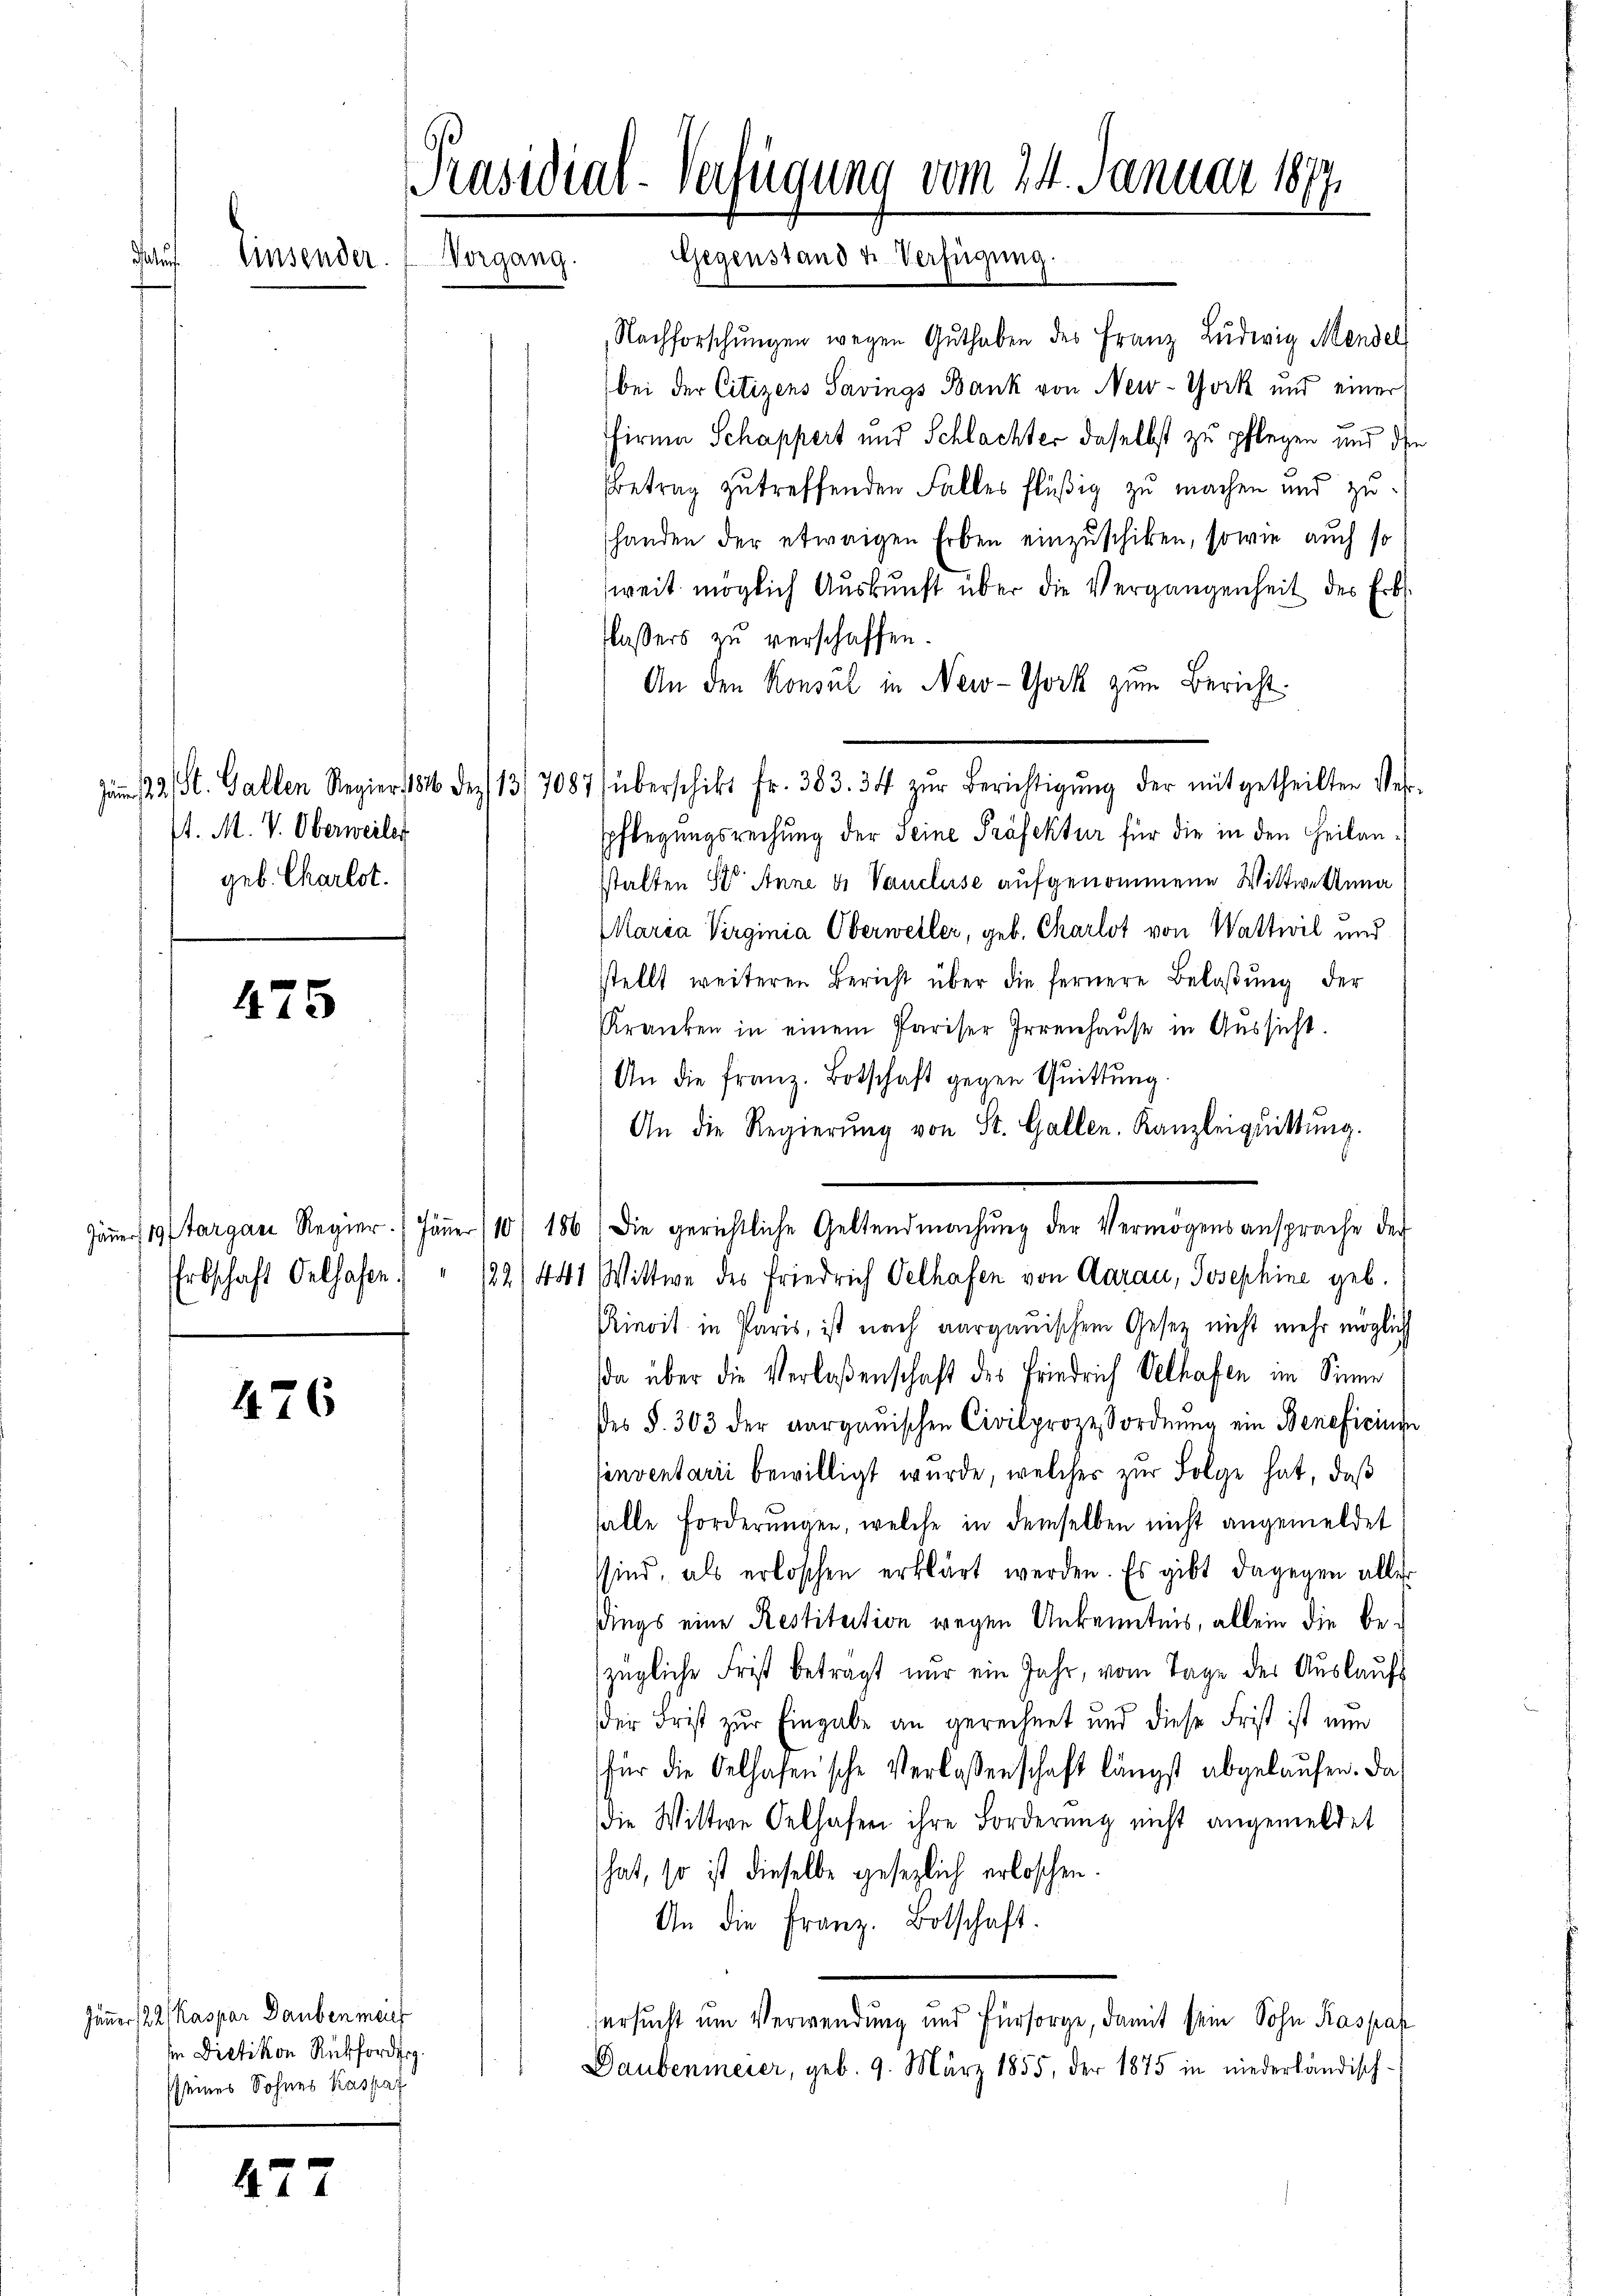
a

P. M. V. Oberweiler
geb. Charlot.

475

476

Jänner 122 Kaspar Dauben meich
In Dietikon Rückforderg
seines Sohnes Kaspar

477

Präsidial-Verfügung vom 24. Januar 1877
Vorgang. Gegenstand u. Verfügŭng.
Einsender.

Nachforschŭngen wegen Guthaben des Franz Lŭdwig Mandel
bei der Citizens Savings Bank von New-York und einer
Firma Schappert und Schlachter daselbst zu pflegen und die
Betrag zutreffenden Falles flüßig zu machen und zuhanden der etwaigen Erben einzuschiken, sowie auch so
weit möglich Auskunft über die Vergangenheit des Erbflassers zu verschaffen.
An den Konsul in New-York zum Bericht.
m 22. St. Gallen Regier 1846 des 13/7087 (überschikt fr. 383. 34 zŭr Berichtigŭng der mitgetheilten Ver-
spflegungsrechung der Seine Präfektur für die in den Heilanstalten 3 Anne di Vaucluse aufgenommene Wittwettung
Maria Virginia Oberweiler, geb. Charlot von Wattwil und
stellt weiteren Bericht über die fernere Belaβŭng der
Kranken in einem Pariser Irrenhaŭse in Aŭssicht.
An die franz. Botschaft gegen Quittung.
An die Regierŭng von St. Gallen. Kanzleiquittung.
Jäner 19 Margau Regier. Jäṅer (10/ 186) Die gerichtliche Geltendmachŭng der Vermögensansprache der
Erbschaft Oelhafen. " 1821441 Wittwe des Friedrich Velhafen von Aarau, Josephine geb.
Rinvit in Paris, ist nach aargauischem Geser nicht mehr möglich
da über die Verlaßenschaft des Friedrich Velhafen im Sinne
des §. 303 der aargauischen Civilprozessordnŭng ein Beneficium
sinventarii bewilligt wurde, welches zur Folge hat, daß
falle Forderungen, welche in demselben nicht angemeldet
sind, als erloschen erklärt werden. Es gibt dagegen aller
dings eine Restitution wegen Ankenntnis, allein die bezügliche Frist betragt nur ein Jahr, vom Tage der Auslaufs
der Frist zur Eingabe an gerechnet und diese Frist ist nun
für die Oelhasensche Verlassenschaft längst abgelaufen. Das
die Wittwe Oelhafen ihre Forderung nicht angemeldet
hat, so ist dieselbe gesezlich erloschen.
An die Franz. Botschaft.
ersucht um Verwendung und Fürsorge, damit sein Sohn Kaspar
Daubenmeier, geb. 9. März 1855, der 1875 in niederländisch-